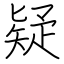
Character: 疑